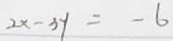
2 x - 3 y = - 6